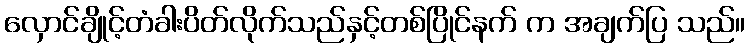
လှောင်ချိုင့်တံခါးပိတ်လိုက်သည်နှင့်တစ်ပြိုင်နက် က အချက်ပြ သည်။